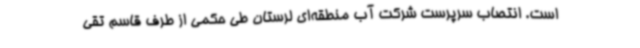
است. انتصاب سرپرست شرکت آب منطقه‌ای لرستان طی حکمی از طرف قاسم تقی